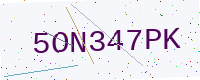
Text: 5ON347PK